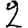
Digit: 2